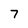
Character: 7